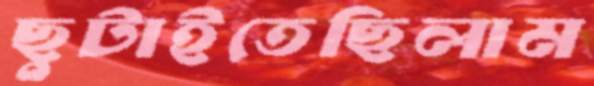
ছুটাইতেছিলাম